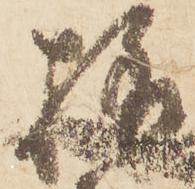
様